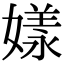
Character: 𡡂